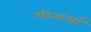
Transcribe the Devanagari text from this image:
गीतार्या